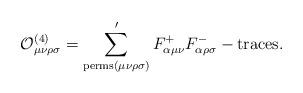
LaTeX: \begin{align*}{\cal O}_{\mu \nu \rho \sigma }^{(4)}=\sum_{{\rm perms}(\mu \nu \rho \sigma)}^{\prime }F_{\alpha \mu \nu }^{+}F_{\alpha \rho \sigma }^{-}-{\rm traces}.\end{align*}